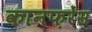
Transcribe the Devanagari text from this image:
कानफ़रेंस